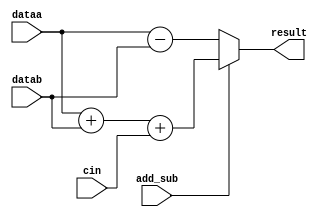
module local_add_sub(
dataa,
datab,
cin,
add_sub,
result
);

parameter WIDTH = 32;
parameter PIPELINE = 0;
parameter REPRESENTATION = "SIGNED";

input[WIDTH-1:0] dataa;
input[WIDTH-1:0] datab;
input cin;
input add_sub;
output reg [WIDTH-1:0] result;

always @(*)begin
    if(add_sub == 1'b1)
         result = dataa+datab+cin;
    else
         result = dataa - datab;
end

endmodule